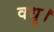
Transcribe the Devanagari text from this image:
वधु।